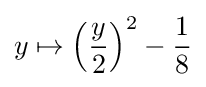
y\mapsto \left({\frac {y}{2}}\right)^{2}-{\frac {1}{8}}